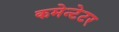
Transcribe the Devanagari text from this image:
कमेन्टेटर